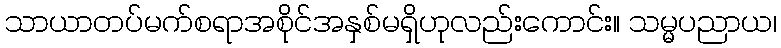
သာယာတပ်မက်စရာအစိုင်အနှစ်မရှိဟုလည်းကောင်း။ သမ္မပညာယ၊